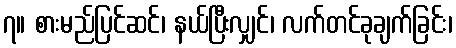
၇။ စားမည်ပြင်ဆင်၊ နယ်ပြီးလျှင်၊ လက်တင်ခုချက်ခြင်း၊